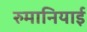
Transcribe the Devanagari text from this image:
रुमानियाई